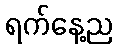
ရက်နေ့ည